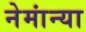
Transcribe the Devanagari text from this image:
नेमांन्या